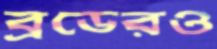
ব্রডেরও